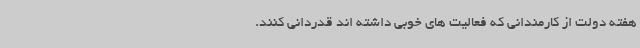
هفته دولت از کارمندانی که فعالیت های خوبی داشته اند قدردانی کنند.